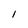
Character: l